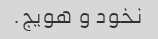
نخود و هویج.